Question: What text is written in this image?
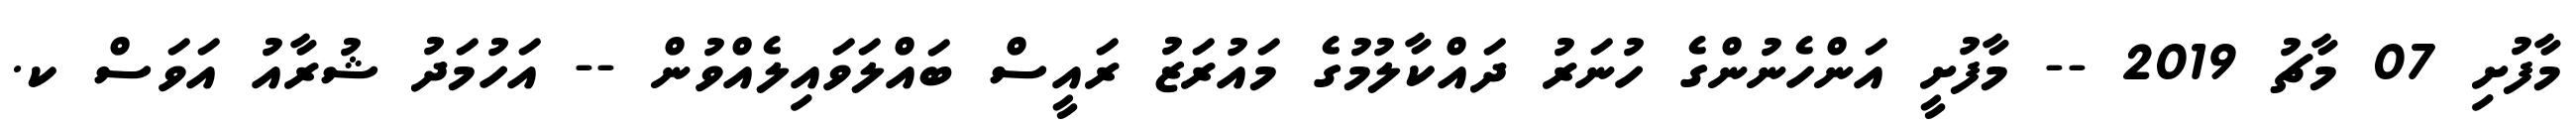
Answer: މާފުށި 07 މާޗު 2019 -- މާފުށީ އަންހެނުންގެ ހުނަރު ދައްކާލުމުގެ މައުރަޒު ރައީސް ބައްލަވައިލެއްވުން -- އަހުމަދު ޝުރާއު އަވަސް ކ.